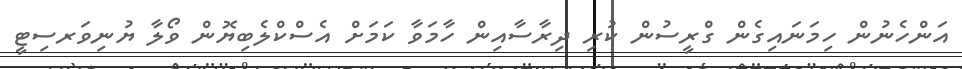
އަންހެނުން ހިމަނައިގެން ގްރީސުން ކުރި ދިރާސާއިން ހާމަވާ ކަމަށް އެސްކްލެބިޔޮން ވޯލާ ޔުނިވަރސިޓީ